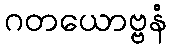
ဂတယောဗ္ဗနံ